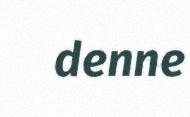
denne